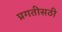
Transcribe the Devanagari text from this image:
प्रगतीसठी